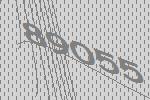
89055